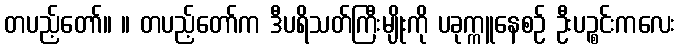
တပည့်တော်။ ။ တပည့်တော်က ဒီပရိသတ်ကြီးမျိုးကို ပခုက္ကူနေစဉ် ဦးပဉ္စင်းကလေး